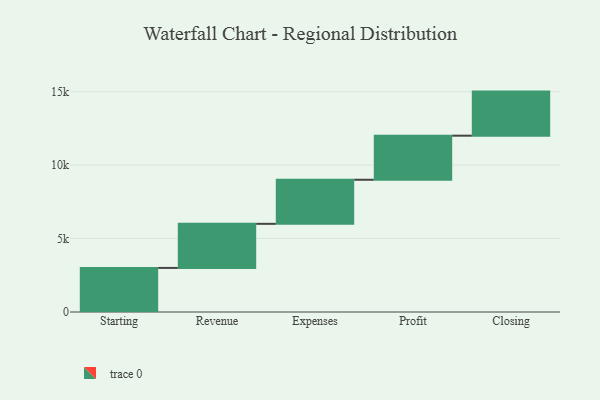
{"axis": {"x": "Step", "y": "Value"}, "legend": [""], "data": [{"x": "Starting", "y": 3000, "type": ""}, {"x": "Revenue", "y": 3000, "type": ""}, {"x": "Expenses", "y": 3000, "type": ""}, {"x": "Profit", "y": 3000, "type": ""}, {"x": "Closing", "y": 3000, "type": ""}]}